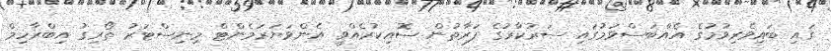
ގައި ބައިވެރިވުމުގެ އެއްބަސްވުމުގައި ސަރުކާރުގެ ފަރާތުން ސޮއިކުރެއްވީ އެންވަޔަރަމެންޓް މިނިސްޓަރު ތޯރިގު އިބްރާހިމް